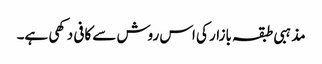
مذہبی طبقہ بازار کی اس روش سے کافی دکھی ہے۔